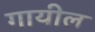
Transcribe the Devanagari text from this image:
गायील